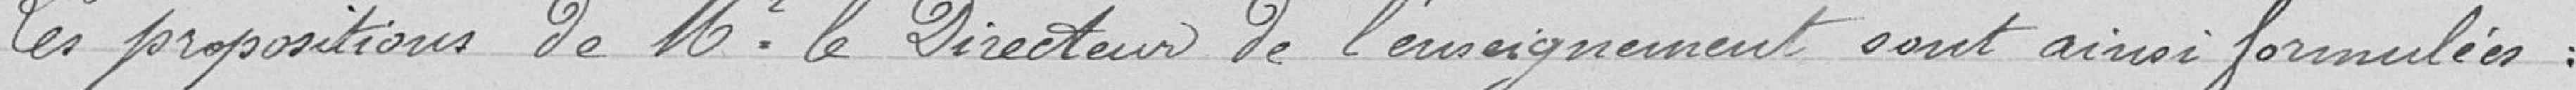
Les propositions de M. le Directeur de l’enseignement sont ainsi formulés :